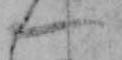
一